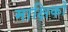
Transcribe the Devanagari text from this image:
माक्षिकों